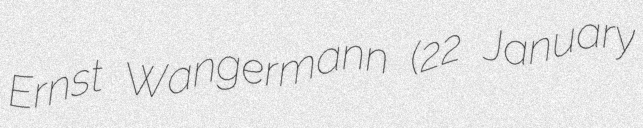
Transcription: Ernst Wangermann (22 January